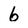
Character: 6